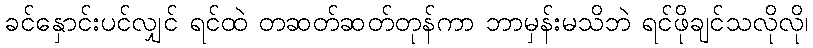
ခင်နှောင်းပင်လျှင် ရင်ထဲ တဆတ်ဆတ်တုန်ကာ ဘာမှန်းမသိဘဲ ရင်ဖိုချင်သလိုလို၊